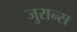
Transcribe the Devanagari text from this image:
जुरान्स